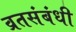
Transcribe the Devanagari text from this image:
व्रतसंबंधी